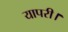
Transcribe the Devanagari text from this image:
यापरी।